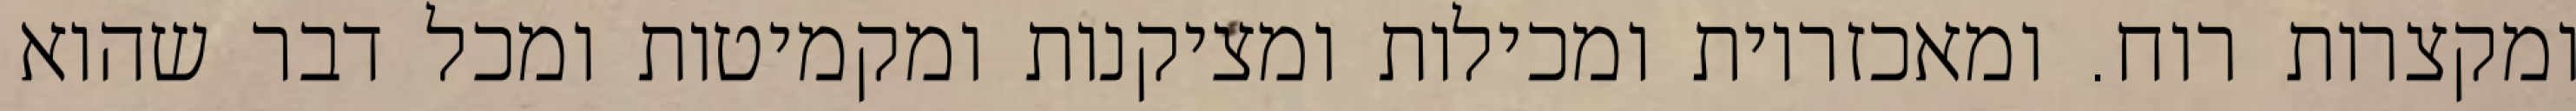
ומקצרות רוח. ומאכזריות ומכילות ומציקנות ומקמיטות ומכל דבר שהוא